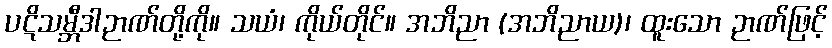
ပဋိသမ္ဘီဒါဉာဏ်တို့ကို။ သယံ၊ ကိုယ်တိုင်။ အဘိညာ (အဘိညာယ)၊ ထူးသော ဉာဏ်ဖြင့်